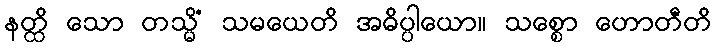
နတ္ထိ သော တသ္မိံ သမယေတိ အဓိပ္ပါယော။ သစ္စော ဟောတီတိ